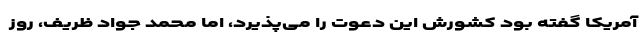
آمریکا گفته بود کشورش این دعوت را می‌پذیرد، اما محمد جواد ظریف، روز